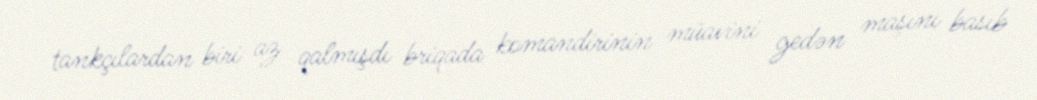
tankçılardan biri az qalmışdı briqada komandirinin müavini gedən maşını basıb